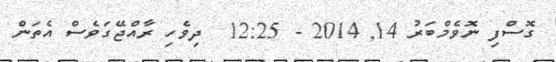
ގޮސްފި ނޮވެމްބަރު 14